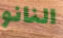
النانو